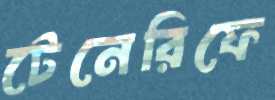
টেনেরিফে